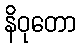
နိဝုတော